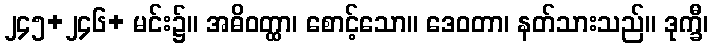
၂၄၅+၂၄၆+ မင်း၌။ အဓိဝတ္ထာ၊ စောင့်သော။ ဒေဝတာ၊ နတ်သားသည်။ ဒုက္ခီ၊